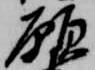
願